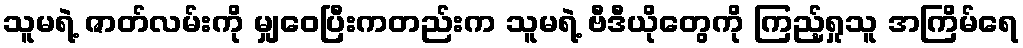
သူမရဲ့ ဇာတ်လမ်းကို မျှဝေပြီးကတည်းက သူမရဲ့ ဗီဒီယိုတွေကို ကြည့်ရှုသူ အကြိမ်ရေ